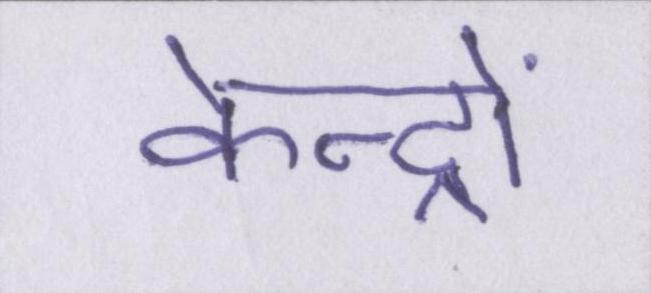
केन्द्रों